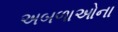
અબળાઓના